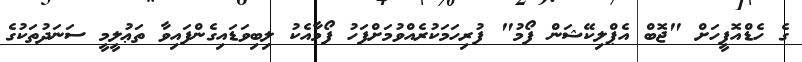
ގެ ހެޑްއޮފީހަށް "ޖޮބް އެޕްލިކޭޝަން ފޯމު" ފުރިހަމަކުރެއްވުމަށްފަހު ފޯމާއެކު ލިބިވަޑައިގެންފައިވާ ތަޢުލީމީ ސަނަދުތަކުގެ